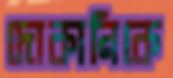
দোকানিকে